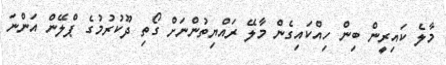
މާލެ ކައިރީން ބިން ހިއްކައިގެން މާލޭ ރައްޔިތުންނަށް ގޯތި ދޫކުރުމުގެ ޕްލޭން އަންނަ